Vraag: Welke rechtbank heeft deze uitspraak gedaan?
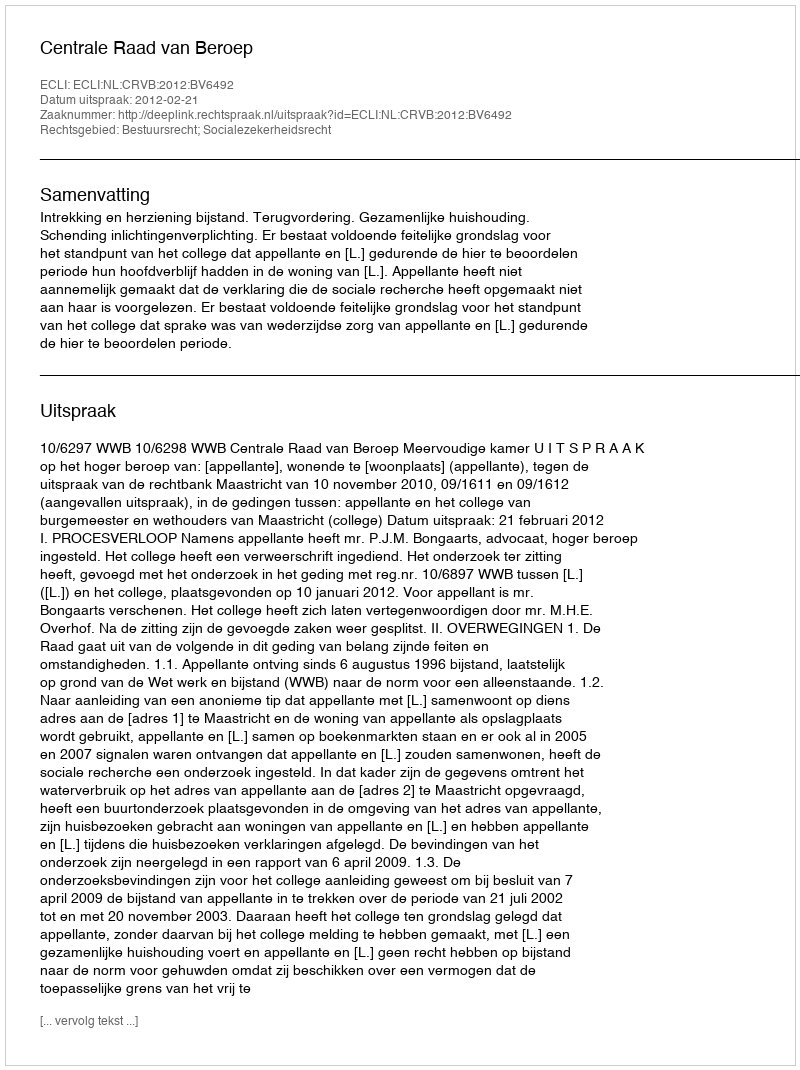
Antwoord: Centrale Raad van Beroep